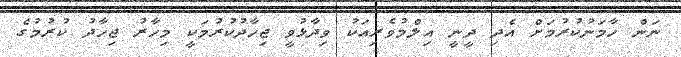
ނަން ހާމަނުކުރުމަށް އެދި ދީނީ އިލްމުވެރިއަކު ވިދާޅުވީ ޖިހާދުކުރުމަކީ މިހާރު ޖިހާދު ކުރުމުގެ